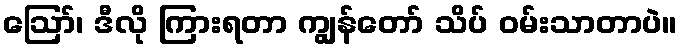
ဪ၊ ဒီလို ကြားရတာ ကျွန်တော် သိပ် ဝမ်းသာတာပဲ။